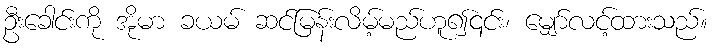
ဦးခေါင်းကို အိုမာ ခယမ် ဆင်မြန်းလိမ့်မည်ဟူ၍၎င်း၊ မျှော်လင့်ထားသည်။